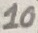
Text: 10